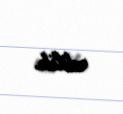
edilib.